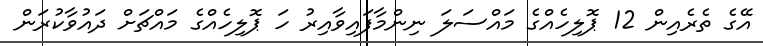
އޭގެ ތެރެއިން 12 ޕޮލިހެއްގެ މައްސަލަ ނިންމާފައިވާއިރު ހަ ޕޮލިހެއްގެ މައްޗަށް ދައުވާކުރަން